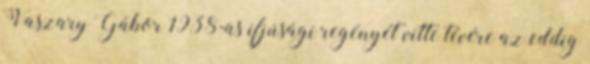
Vaszary Gábor 1938-as ifjúsági regényét vitte tévére az eddig